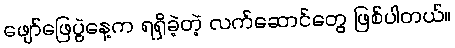
ဖျော်ဖြေပွဲနေ့က ရရှိခဲ့တဲ့ လက်ဆောင်တွေ ဖြစ်ပါတယ်။